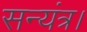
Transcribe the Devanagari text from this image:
सन्यंत्र।